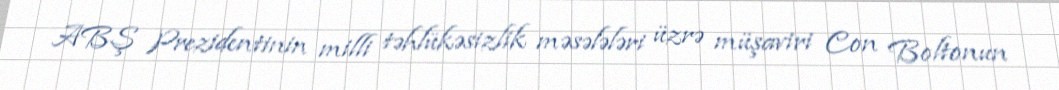
ABŞ Prezidentinin milli təhlükəsizlik məsələləri üzrə müşaviri Con Boltonun